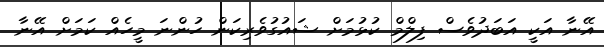
އޭނާ އަކީ އަބަދުވެސް ފިލްމް ކުޅުމަށް ޝައުގުވެރިކަން ހުންނަ މީހެއް ކަމަށް އޭނާ